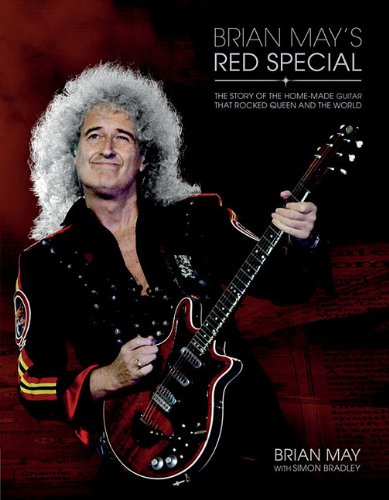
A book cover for Brian Mays Red Special: The Story of the Home-made Guitar That Rocked Queen and the World; Brian May; Reference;